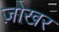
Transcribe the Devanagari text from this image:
ज़ोखर